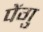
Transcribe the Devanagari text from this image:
पेंगु